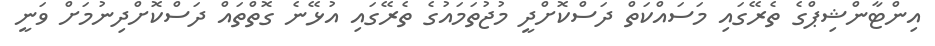
އިންޓާންޝިޕްގެ ތެރޭގައި މަސައްކަތް ދަސްކޮށްދީ މުޖުތަމައުގެ ތެރޭގައި އުޅޭނެ ގޮތްތައް ދަސްކޮށްދިނުމަށް ވަނީ